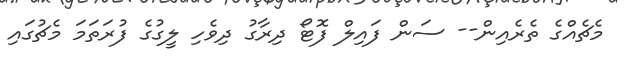
މެޗެއްގެ ތެރެއިން-- ސަން ފައިލް ފޮޓޯ ދިރާގު ދިވެހި ލީގުގެ ފުރަތަމަ މެޗުގައި